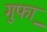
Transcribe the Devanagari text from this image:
गुफा़